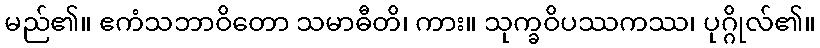
မည်၏။ ဧကံသဘာဝိတော သမာဓီတိ၊ ကား။ သုက္ခဝိပဿကဿ၊ ပုဂ္ဂိုလ်၏။